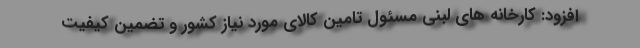
افزود: کارخانه های لبنی مسئول تامین کالای مورد نیاز کشور و تضمین کیفیت